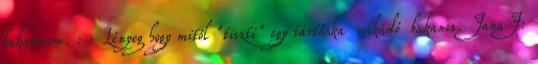
bakancsom. :- Lényeg hogy mitől "tiszti" egy tártáska mikádó bakancs. JanaJ: